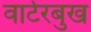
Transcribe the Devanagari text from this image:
वार्टरबुख